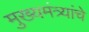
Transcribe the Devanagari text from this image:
मुख्यमंत्र्यांचे